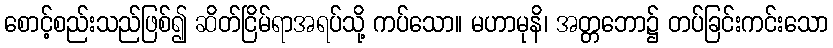
စောင့်စည်းသည်ဖြစ်၍ ဆိတ်ငြိမ်ရာအရပ်သို့ ကပ်သော။ မဟာမုနိ၊ အတ္တဘော၌ တပ်ခြင်းကင်းသော